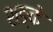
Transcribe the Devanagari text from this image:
शङ्के